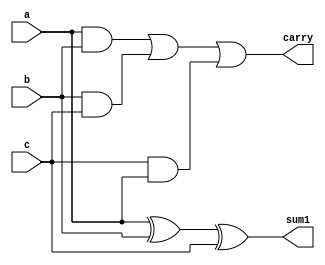
/////////////////////////////////////////
// Basil Skaria (20)                   // 
// S4 CSE                              //
// MITS                                // 
// Verilog codes of lab cycle          //
//                                     //
/////////////////////////////////////////
module full_add ( a ,b ,c ,sum1,carry );

output sum1 ;
output carry ;

input a ;
input b ;
input c ;
   
assign sum1 = a ^ b ^ c;   
assign carry = ((a)&b) | (b&c) | (c&(a));

endmodule

module add_4bit ( a ,b ,carry ,sum1 );

output [3:0] sum1 ;
output carry;

input [3:0] a ;
input [3:0] b ; 

wire [2:0]s;

full_add u0 (a[0],b[0],1'b0,sum1[0],s[0]);
full_add u1 (a[1],b[1],s[0],sum1[1],s[1]);
full_add u2 (a[2],b[2],s[1],sum1[2],s[2]);
full_add u3 (a[3],b[3],s[2],sum1[3],carry);

endmodule


module tb_full_add;

     reg [3:0]a;
	 reg [3:0]b;
	 reg cin;
     wire [3:0]sum1;
	 wire carry;
add_4bit uut (.a(a),.b(b),.sum1(sum1),.carry(carry));
     
initial begin
			 $dumpfile("Full_sub.vcd");
		 $dumpvars;
$display("  a   |  b   | sum | carry");		
$monitor(" %b | %b | %b  | %b ",a,b,sum1,carry);
a = 0; b = 0; #5
a = 9; b = 2; #5
a = 8; b = 5; #5
a = 9; b = 9;

end
 
endmodule